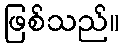
ဖြစ်သည်။